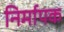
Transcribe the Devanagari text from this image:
निर्मापक